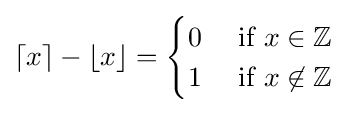
\lceil x\rceil -\lfloor x\rfloor ={\begin{cases}0&{\mbox{ if }}x\in \mathbb {Z} \\1&{\mbox{ if }}x\not \in \mathbb {Z} \end{cases}}